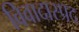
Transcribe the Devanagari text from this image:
विवादास्प्रद